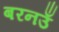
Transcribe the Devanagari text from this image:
बरनउँ